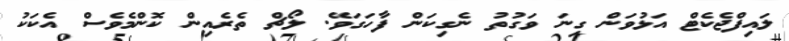
ލައިފްޖެކެޓް އަޅުވަން ގިނަ ވަގުތު ނެގިކަން ފާހަގަވޭ. ލޯޗް ތެރެއިން ކޮންމެވެސް އެކަކު